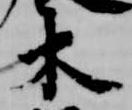
木